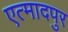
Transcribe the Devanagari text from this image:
एत्मादपुर